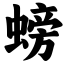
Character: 螃